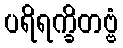
ပရိရက္ခိတဗ္ဗံ